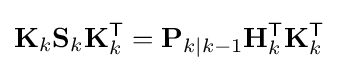
\mathbf {K} _{k}\mathbf {S} _{k}\mathbf {K} _{k}^{\textsf {T}}=\mathbf {P} _{k\mid k-1}\mathbf {H} _{k}^{\textsf {T}}\mathbf {K} _{k}^{\textsf {T}}